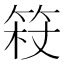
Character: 𱷿